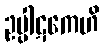
ဥပ္ပါဋကေဟိ